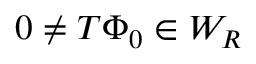
0 \neq T \Phi _ { 0 } \in W _ { R }